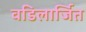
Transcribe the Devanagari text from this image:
वडिलार्जित